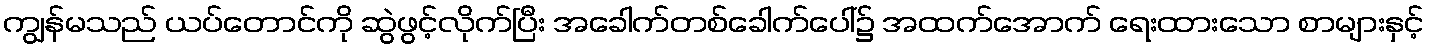
ကျွန်မသည် ယပ်တောင်ကို ဆွဲဖွင့်လိုက်ပြီး အခေါက်တစ်ခေါက်ပေါ်၌ အထက်အောက် ရေးထားသော စာများနှင့်